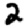
Digit: 2